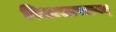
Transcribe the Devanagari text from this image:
विशाखापत्तनम्‌